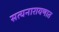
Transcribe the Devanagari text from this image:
सत्यनारायणात